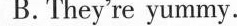
B.They're yummy.